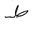
Letter: _da